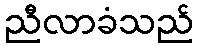
ညီလာခံသည်